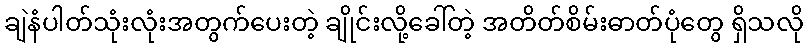
ချဲနံပါတ်သုံးလုံးအတွက်ပေးတဲ့ ချိုင်းလို့ခေါ်တဲ့ အတိတ်စိမ်းဓာတ်ပုံတွေ ရှိသလို